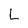
Character: L